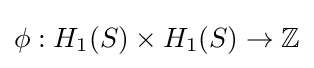
\phi :H_{1}(S)\times H_{1}(S)\to \mathbb {Z}